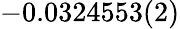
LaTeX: -0.0324553(2)